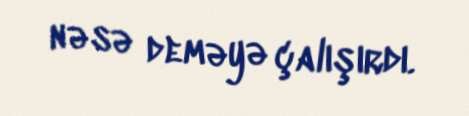
nəsə deməyə çalışırdı.